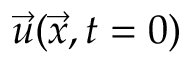
\Vec { u } ( \Vec { x } , t = 0 )